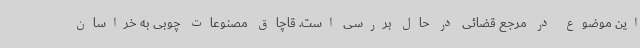
این موضوع در مرجع قضائی در حال بررسی است. قاچاق مصنوعات چوبی به خراسان